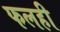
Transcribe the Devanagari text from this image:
फलही